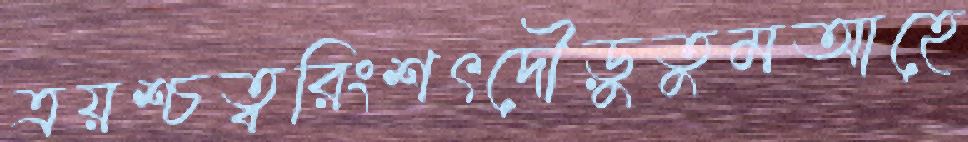
ত্রয়শ্চত্বরিংশৎদৌড়ুতুমআহে